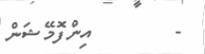
-        އިންފޮމޭޝަން